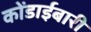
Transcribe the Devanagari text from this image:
कोंडाईबारी